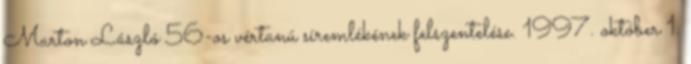
Marton László 56-os vértanú síremlékének felszentelése. 1997. október 1.